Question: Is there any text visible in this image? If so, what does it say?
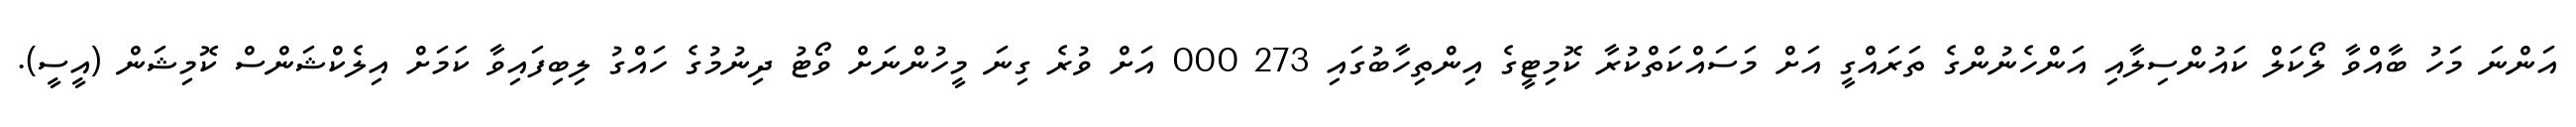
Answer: އަންނަ މަހު ބާއްވާ ލޯކަލް ކައުންސިލާއި އަންހެނުންގެ ތަރައްގީ އަށް މަސައްކަތްކުރާ ކޮމިޓީގެ އިންތިހާބުގައި 273 000 އަށް ވުރެ ގިނަ މީހުންނަށް ވޯޓު ދިނުމުގެ ހައްގު ލިބިފައިވާ ކަމަށް އިލެކްޝަންސް ކޮމިޝަން (އީސީ).